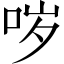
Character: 哕